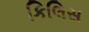
કિલિસ